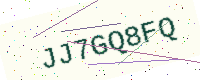
Text: JJ7GQ8FQ